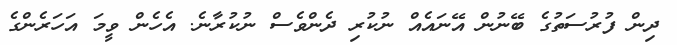
ދިން ފުރުސަތުގެ ބޭނުން އޭނައެއް ނުކުރި ދެންވެސް ނުކުރާނެ. އެހެން ވީމަ އަހަރެންގެ